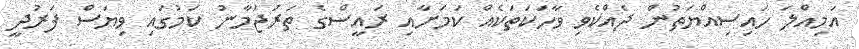
އަމިއްލަ ހައިސިއްޔަތުން ދެއްކެވި ވާހަކަތަކެއް ކަމަށާއި ރައީސްގެ ތަރުޖަމާނު ކަމުގައި ވިޔަސް ފަރުދީ